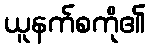
ယူနက်စကို၏